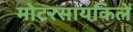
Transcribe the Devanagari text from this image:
मोटरसायकिलें